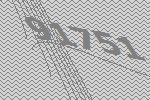
91751